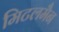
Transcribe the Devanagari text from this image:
मिटलमैन